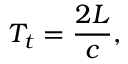
T _ { t } = { \frac { 2 L } { c } } ,